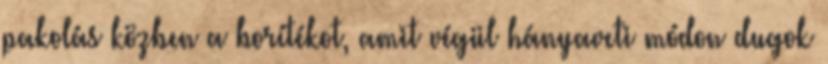
pakolás közben a borítékot, amit végül hányaveti módon dugok